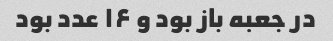
در جعبه باز بود و ۱۶ عدد بود